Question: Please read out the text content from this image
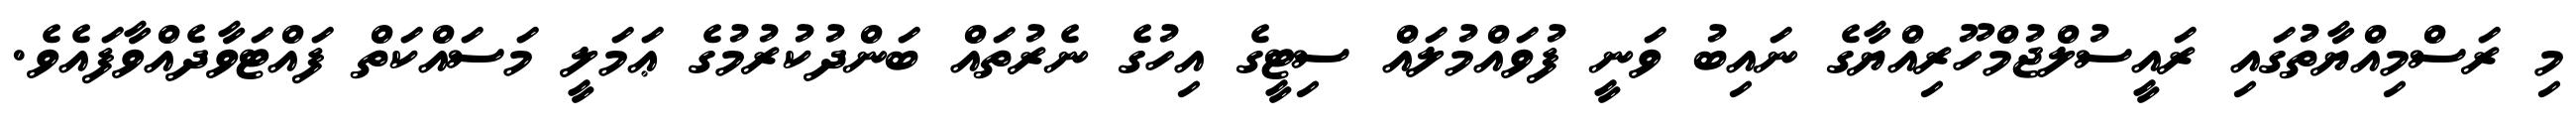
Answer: މި ރަސްމިއްޔާތުގައި ރައީސުލްޖުމްހޫރިއްޔާގެ ނައިބު ވަނީ ފުވައްމުލައް ސިޓީގެ އިހުގެ ނެރުތައް ބަންދުކުރުމުގެ ޢަމަލީ މަސައްކަތް ފައްޓަވާދެއްވާފައެވެ.